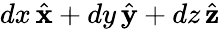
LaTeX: dx\, {\hat{\mathbf{x}}}+dy\, {\hat{\mathbf{y}}}+dz\, {\hat{\mathbf{z}}}